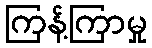
ကြန့်ကြာမှု